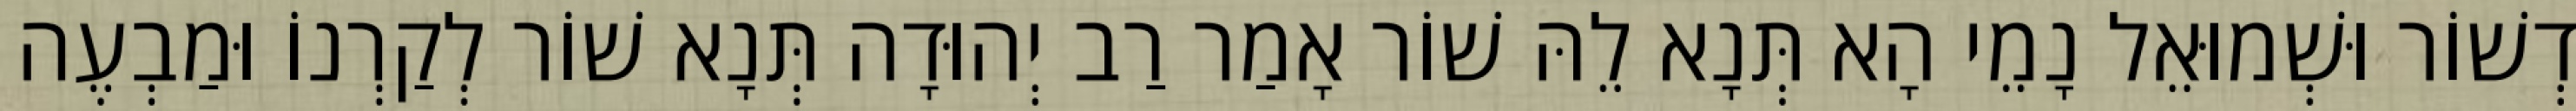
דְשׁוֹר וּשְׁמוּאֵל נָמֵי הָא תְּנָא לֵהּ שׁוֹר אָמַר רַב יְהוּדָה תְּנָא שׁוֹר לְקַרְנוֹ וּמַבְעֶה